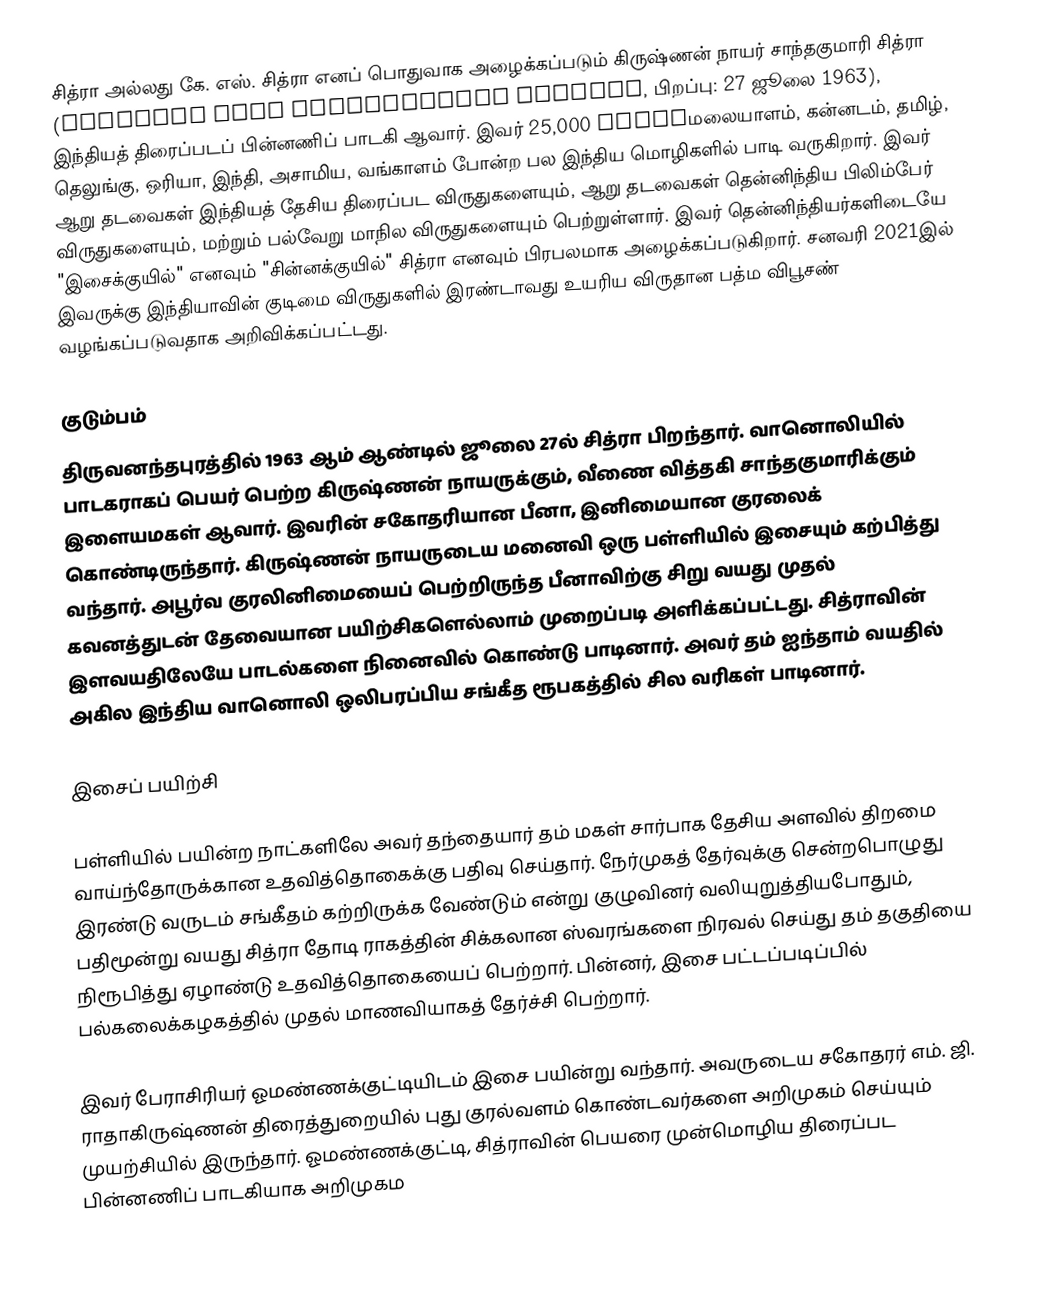
சித்ரா அல்லது கே. எஸ். சித்ரா எனப் பொதுவாக அழைக்கப்படும் கிருஷ்ணன் நாயர் சாந்தகுமாரி சித்ரா (Krishnan Nair Shantakumari Chithra, பிறப்பு: 27 ஜூலை 1963), இந்தியத் திரைப்படப் பின்னணிப் பாடகி ஆவார். இவர் 25,000 songsமலையாளம், கன்னடம், தமிழ், தெலுங்கு, ஒரியா, இந்தி, அசாமிய, வங்காளம் போன்ற பல இந்திய மொழிகளில் பாடி வருகிறார். இவர் ஆறு தடவைகள் இந்தியத் தேசிய திரைப்பட விருதுகளையும், ஆறு தடவைகள் தென்னிந்திய பிலிம்பேர் விருதுகளையும், மற்றும் பல்வேறு மாநில விருதுகளையும் பெற்றுள்ளார். இவர் தென்னிந்தியர்களிடையே "இசைக்குயில்"  எனவும் "சின்னக்குயில்" சித்ரா எனவும் பிரபலமாக அழைக்கப்படுகிறார். சனவரி 2021இல் இவருக்கு இந்தியாவின் குடிமை விருதுகளில் இரண்டாவது உயரிய விருதான பத்ம விபூசண் வழங்கப்படுவதாக அறிவிக்கப்பட்டது.

குடும்பம்
திருவனந்தபுரத்தில் 1963 ஆம் ஆண்டில் ஜூலை 27ல் சித்ரா பிறந்தார். வானொலியில் பாடகராகப் பெயர் பெற்ற கிருஷ்ணன் நாயருக்கும், வீணை வித்தகி சாந்தகுமாரிக்கும் இளையமகள் ஆவார். இவரின் சகோதரியான பீனா, இனிமையான குரலைக் கொண்டிருந்தார். கிருஷ்ணன் நாயருடைய மனைவி ஒரு பள்ளியில் இசையும் கற்பித்து வந்தார். அபூர்வ குரலினிமையைப் பெற்றிருந்த பீனாவிற்கு சிறு வயது முதல் கவனத்துடன் தேவையான பயிற்சிகளெல்லாம் முறைப்படி அளிக்கப்பட்டது. சித்ராவின் இளவயதிலேயே பாடல்களை நினைவில் கொண்டு பாடினார். அவர் தம் ஐந்தாம் வயதில் அகில இந்திய வானொலி ஒலிபரப்பிய சங்கீத ரூபகத்தில் சில வரிகள் பாடினார்.

இசைப் பயிற்சி

பள்ளியில் பயின்ற நாட்களிலே அவர் தந்தையார் தம் மகள் சார்பாக தேசிய அளவில் திறமை வாய்ந்தோருக்கான உதவித்தொகைக்கு பதிவு செய்தார். நேர்முகத் தேர்வுக்கு சென்றபொழுது இரண்டு வருடம் சங்கீதம் கற்றிருக்க வேண்டும் என்று குழுவினர் வலியுறுத்தியபோதும், பதிமூன்று வயது சித்ரா தோடி ராகத்தின் சிக்கலான ஸ்வரங்களை நிரவல் செய்து தம் தகுதியை நிரூபித்து ஏழாண்டு உதவித்தொகையைப் பெற்றார். பின்னர், இசை பட்டப்படிப்பில் பல்கலைக்கழகத்தில் முதல் மாணவியாகத் தேர்ச்சி பெற்றார்.

இவர் பேராசிரியர் ஓமண்ணக்குட்டியிடம் இசை பயின்று வந்தார். அவருடைய சகோதரர் எம். ஜி. ராதாகிருஷ்ணன் திரைத்துறையில் புது குரல்வளம் கொண்டவர்களை அறிமுகம் செய்யும் முயற்சியில் இருந்தார். ஓமண்ணக்குட்டி, சித்ராவின் பெயரை முன்மொழிய திரைப்பட பின்னணிப் பாடகியாக அறிமுகம